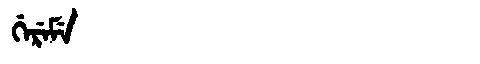
Manchu: ᡤᡝᡵᡝᠮᡝ
Romanization: GEREME